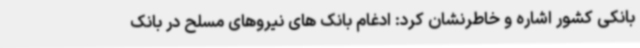
بانکی کشور اشاره و خاطرنشان کرد: ادغام بانک های نیروهای مسلح در بانک